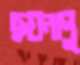
ছয়নাপু